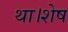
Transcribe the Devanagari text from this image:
था।शेष